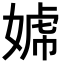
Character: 𡟣